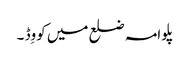
پلوامہ ضلع میں کووِڈ ۔